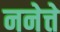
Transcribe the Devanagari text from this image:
ननेत्ते